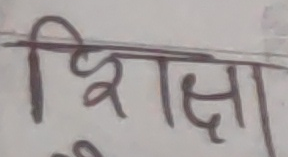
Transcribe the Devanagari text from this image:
शिक्षा